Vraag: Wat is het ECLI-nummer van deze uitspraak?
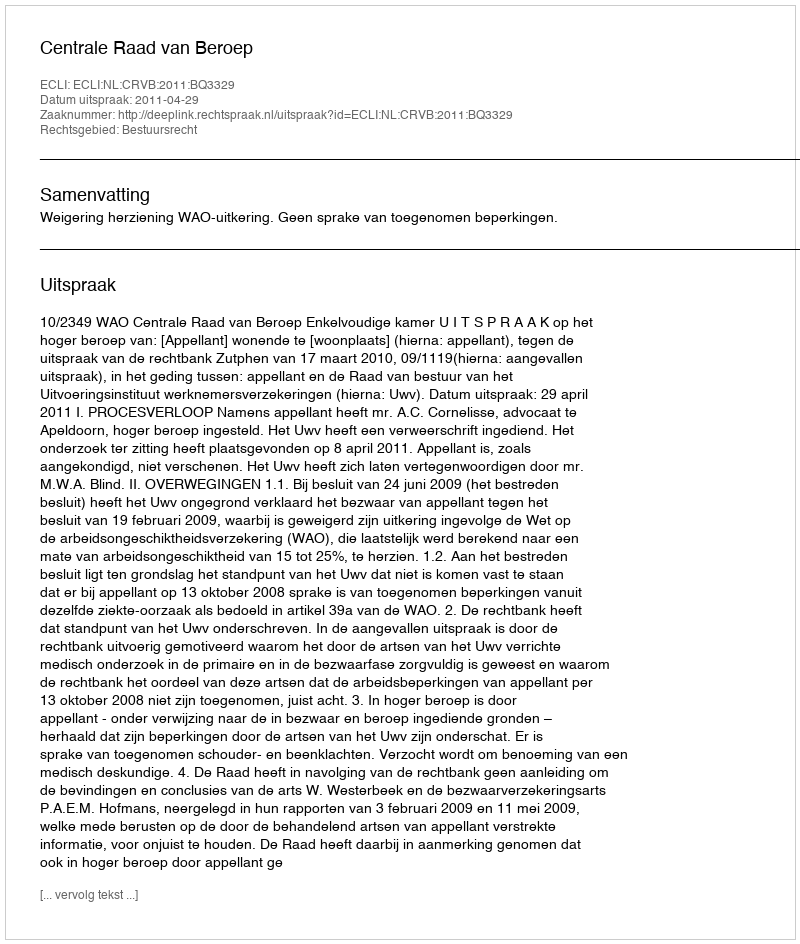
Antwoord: ECLI:NL:CRVB:2011:BQ3329